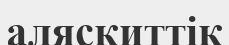
аляскиттік